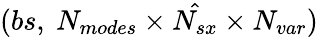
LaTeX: (bs,\ N_{modes}\times\hat{N_{sx}}\times N_{var})